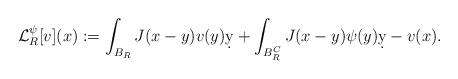
LaTeX: \begin{align*} \mathcal{L}_R^\psi[v](x):=\int_{B_R} J(x-y)v(y)\d y+\int_{B_R^C} J(x-y)\psi(y)\d y-v(x).\end{align*}